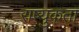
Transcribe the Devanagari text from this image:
राष्युकता